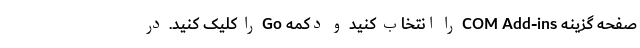
صفحه گزینه COM Add-ins را انتخاب کنید و دکمه Go را کلیک کنید. در